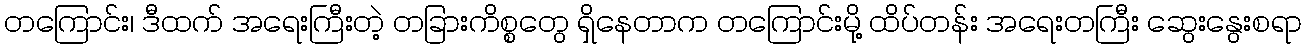
တကြောင်း၊ ဒီထက် အရေးကြီးတဲ့ တခြားကိစ္စတွေ ရှိနေတာက တကြောင်းမို့ ထိပ်တန်း အရေးတကြီး ဆွေးနွေးစရာ